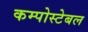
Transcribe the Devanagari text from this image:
कम्पोस्टेबल